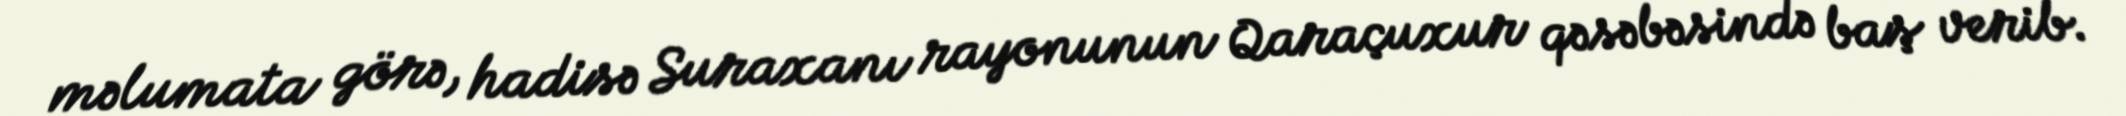
məlumata görə, hadisə Suraxanı rayonunun Qaraçuxur qəsəbəsində baş verib.